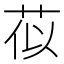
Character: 𫈄